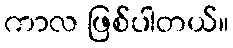
ကာလ ဖြစ်ပါတယ်။